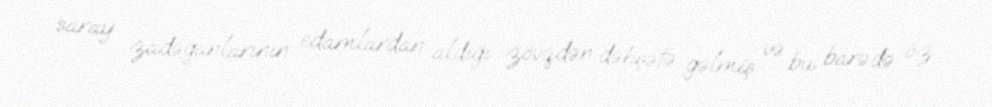
saray zadəganlarının edamlardan aldığı zövqdən dəhşətə gəlmiş və bu barədə öz